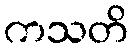
ကသတိ